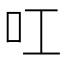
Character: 叿